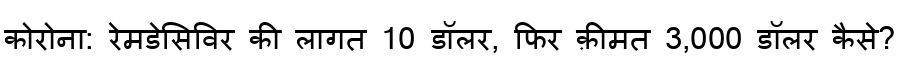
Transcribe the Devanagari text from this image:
कोरोना: रेमडेसिविर की लागत 10 डॉलर, फिर क़ीमत 3,000 डॉलर कैसे?